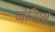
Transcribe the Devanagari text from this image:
जेनिग्स